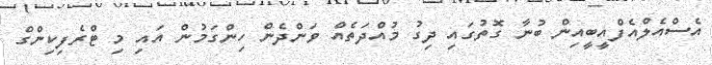
އެސްއެލްއެފްއީބީއިން ބުނާ ގޮތުގައި ދިގު މުއްދަތެއް ވަންދެން ހިންގަމުން އައި މި ޓްރެފިކިންގް